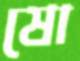
ষো